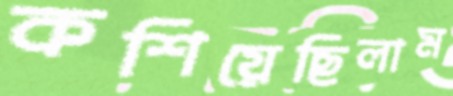
কশিয়েছিলাম